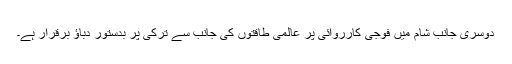
دوسری جانب شام میں فوجی کارروائی پر عالمی طاقتوں کی جانب سے ترکی پر بدستور دباؤ برقرار ہے۔